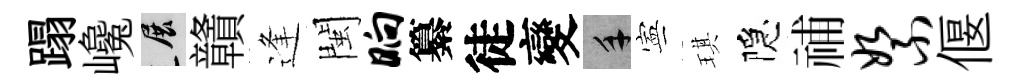
蹋巉展贛逢閩晌纂徒變手寕琪隠𥙷絮偃